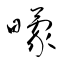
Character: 曚